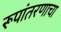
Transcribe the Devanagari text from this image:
रूपांतरणाचा